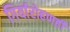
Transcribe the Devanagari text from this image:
गिर्यारोहणही